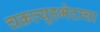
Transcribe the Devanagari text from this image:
चक्रव्यूहभेदाचा